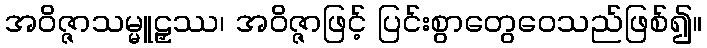
အဝိဇ္ဇာသမ္မူဠှဿ၊ အဝိဇ္ဇာဖြင့် ပြင်းစွာတွေဝေသည်ဖြစ်၍။